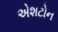
એશટોન